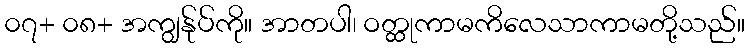
၀၇+ ၀၈+ အကျွန်ုပ်ကို။ အာတပါ၊ ဝတ္ထုကာမကိလေသာကာမတို့သည်။